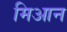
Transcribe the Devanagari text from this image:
मिआन